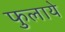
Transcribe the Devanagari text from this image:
फुलाये